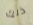
ذلك